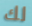
لك